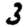
Digit: 3